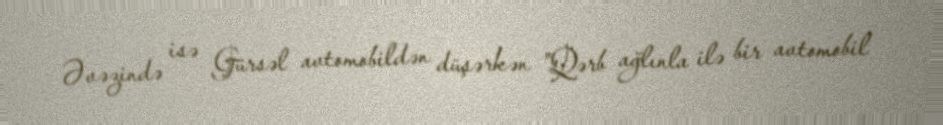
Əvəzində isə Gürsəl avtomobildən düşərkən "Qərb ağlınla ilə bir avtomobil